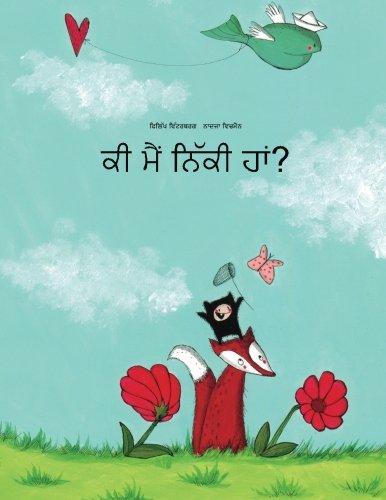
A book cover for Ki maim niki ham?: Philipp Winterberg ate Nadja Wichmann valom tasaviram vali ika kahani (Punjabi Edition); Philipp Winterberg; Children's Books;